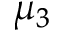
\mu _ { 3 }